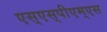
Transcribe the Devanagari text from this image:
एस्‌एस्‌पीएम्‌एस